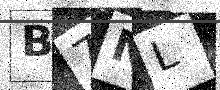
Text: B7NL